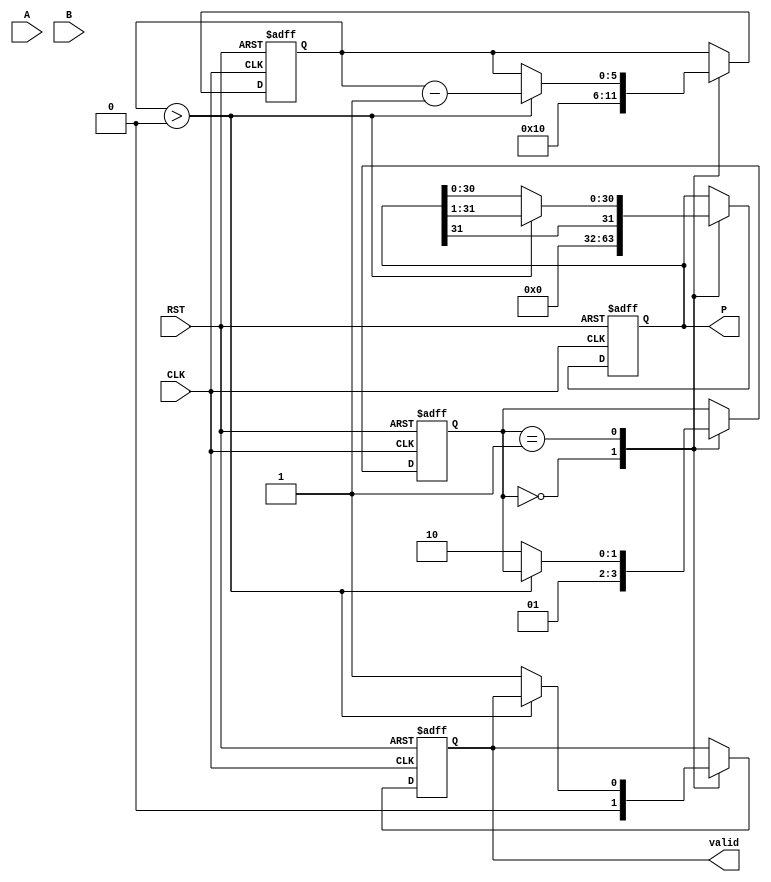
module modified_booth_multiplier (
    input signed [15:0] A,         // Multiplicand
    input signed [15:0] B,         // Multiplier
    input CLK,                     // Clock signal
    input RST,                     // Reset signal
    output reg signed [31:0] P,    // Product
    output reg valid                // Product valid signal
);

    // Registers
    reg signed [15:0] M;           // Multiplicand register
    reg signed [15:0] Q;           // Multiplier register
    reg signed [31:0] A_neg;       // Negative of multiplicand
    reg [5:0] Count;               // Count register

    // State encoding
    reg [1:0] state;
    localparam IDLE = 2'b00,
               PROCESS = 2'b01,
               COMPLETE = 2'b10;

    // Initialize negative multiplicand
    always @(*) begin
        A_neg = ~M + 1; // Two's complement
    end

    // Control logic
    always @(posedge CLK or posedge RST) begin
        if (RST) begin
            // Reset state
            P <= 32'b0;
            M <= 16'b0;
            Q <= 16'b0;
            Count <= 6'b0;
            valid <= 0;
            state <= IDLE;
        end else begin
            case (state)
                IDLE: begin
                    // Load inputs
                    M <= A;
                    Q <= B;
                    Count <= 16; // Assuming 16-bit input
                    P <= 32'b0;
                    valid <= 0;
                    state <= PROCESS;
                end
                
                PROCESS: begin
                    if (Count > 0) begin
                        case ({Q[0], Q[1]}) // Examine the last two bits of Q
                            2'b00: begin
                                // Do nothing
                            end
                            2'b01: begin
                                // Add M
                                P <= P + (M << (16 - Count)); // Shift M according to Count
                            end
                            2'b10: begin
                                // Subtract M
                                P <= P + (A_neg << (16 - Count)); // Shift -M according to Count
                            end
                            2'b11: begin
                                // Do nothing
                            end
                        endcase
                        // Arithmetic right shift
                        {P[31], P} <= P >>> 1; // Keep the sign bit
                        Q <= Q >>> 1; // Shift Q right
                        Count <= Count - 1; // Decrement Count
                    end else begin
                        // End of processing
                        valid <= 1; // Indicate product is valid
                        state <= COMPLETE;
                    end
                end
                
                COMPLETE: begin
                    // Stay in this state until reset
                end
            endcase
        end
    end
endmodule